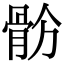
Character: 𩨧